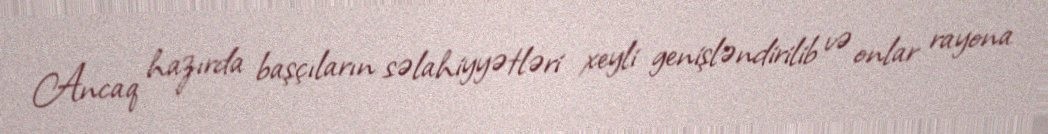
Ancaq hazırda başçıların səlahiyyətləri xeyli genişləndirilib və onlar rayona